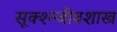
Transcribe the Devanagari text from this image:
सूक्श्म्जीवशास्त्र